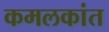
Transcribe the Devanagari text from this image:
कमलकांत